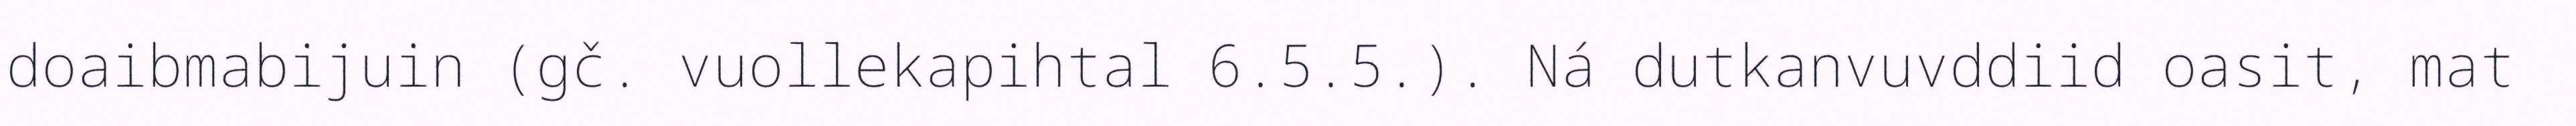
doaibmabijuin (gč. vuollekapihtal 6.5.5.). Ná dutkanvuvddiid oasit, mat